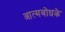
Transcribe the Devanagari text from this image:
आत्मबोधके